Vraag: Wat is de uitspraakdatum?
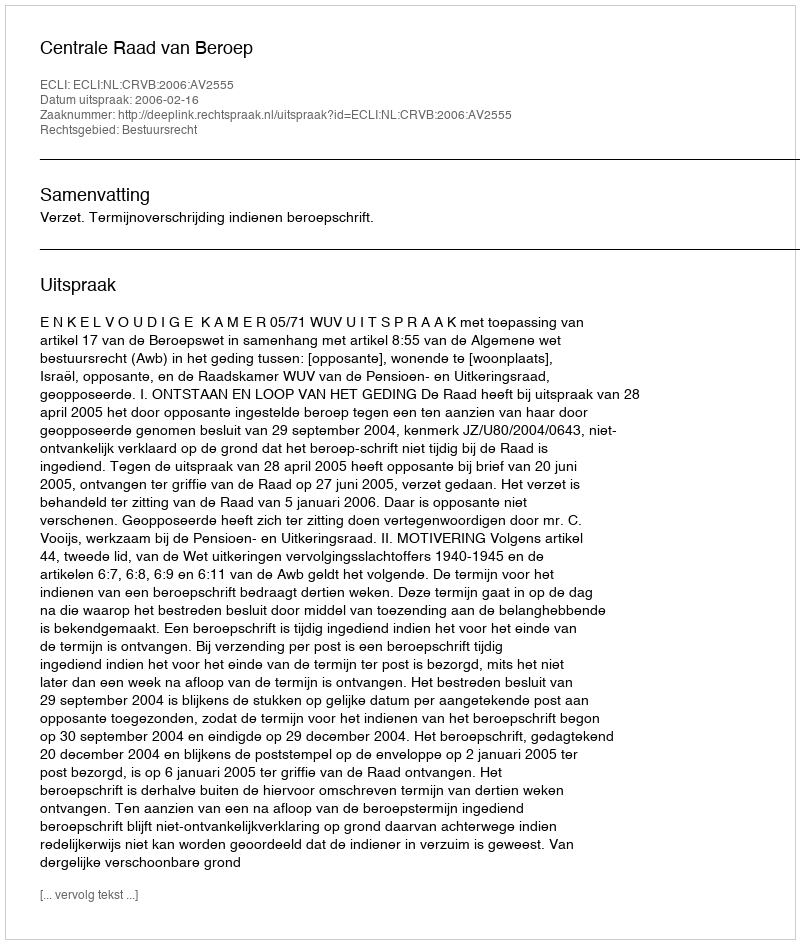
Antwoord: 2006-02-16